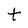
Character: t